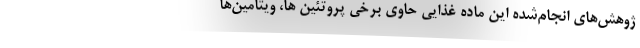
ژوهش‌های انجام‌شده این ماده غذایی حاوی برخی پروتئین ها، ویتامین‌ها